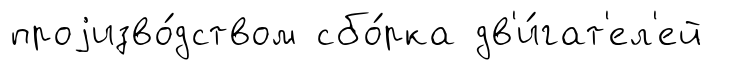
проjизво́дством сбо́рка дв'и́гат'ел'ей